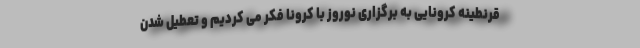
قرنطینه کرونایی به برگزاری نوروز با کرونا فکر می کردیم و تعطیل شدن